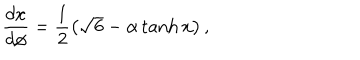
LaTeX: { \frac { d x } { d \phi } = \frac { 1 } { 2 } \left( \sqrt { 6 } - \alpha \tanh x \right) , }